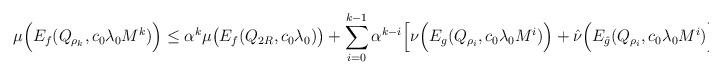
LaTeX: \begin{align*} \mu\Big(E_f(Q_{\rho_k}, c_0 \lambda_0 M^k)\Big) \leq \alpha^k \mu\big(E_f(Q_{2 R}, c_0 \lambda_0 )\big) + \sum_{i=0}^{k-1} \alpha^{k - i} \Big[\nu\Big(E_g(Q_{\rho_i}, c_0 \lambda_0 M^i)\Big)+ \hat\nu\Big(E_{\hat g}(Q_{\rho_i}, c_0 \lambda_0 M^i)\Big)^{\hat p}\Big].\end{align*}